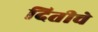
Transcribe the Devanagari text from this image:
दितीचे